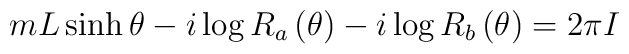
mL\sinh \theta -i\log R_{a}\left( \theta \right) -i\log R_{b}\left( \theta \right) =2\pi I